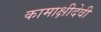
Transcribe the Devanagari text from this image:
कामाक्षीदेवी